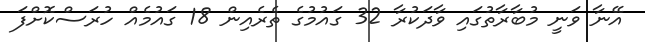
އޭނާ ވަނީ މުބާރާތުގައި ވާދަކުރާ 32 ގައުމުގެ ތެެރެއިން 18 ގައުމެއް ހުރަސްކޮށްފަ